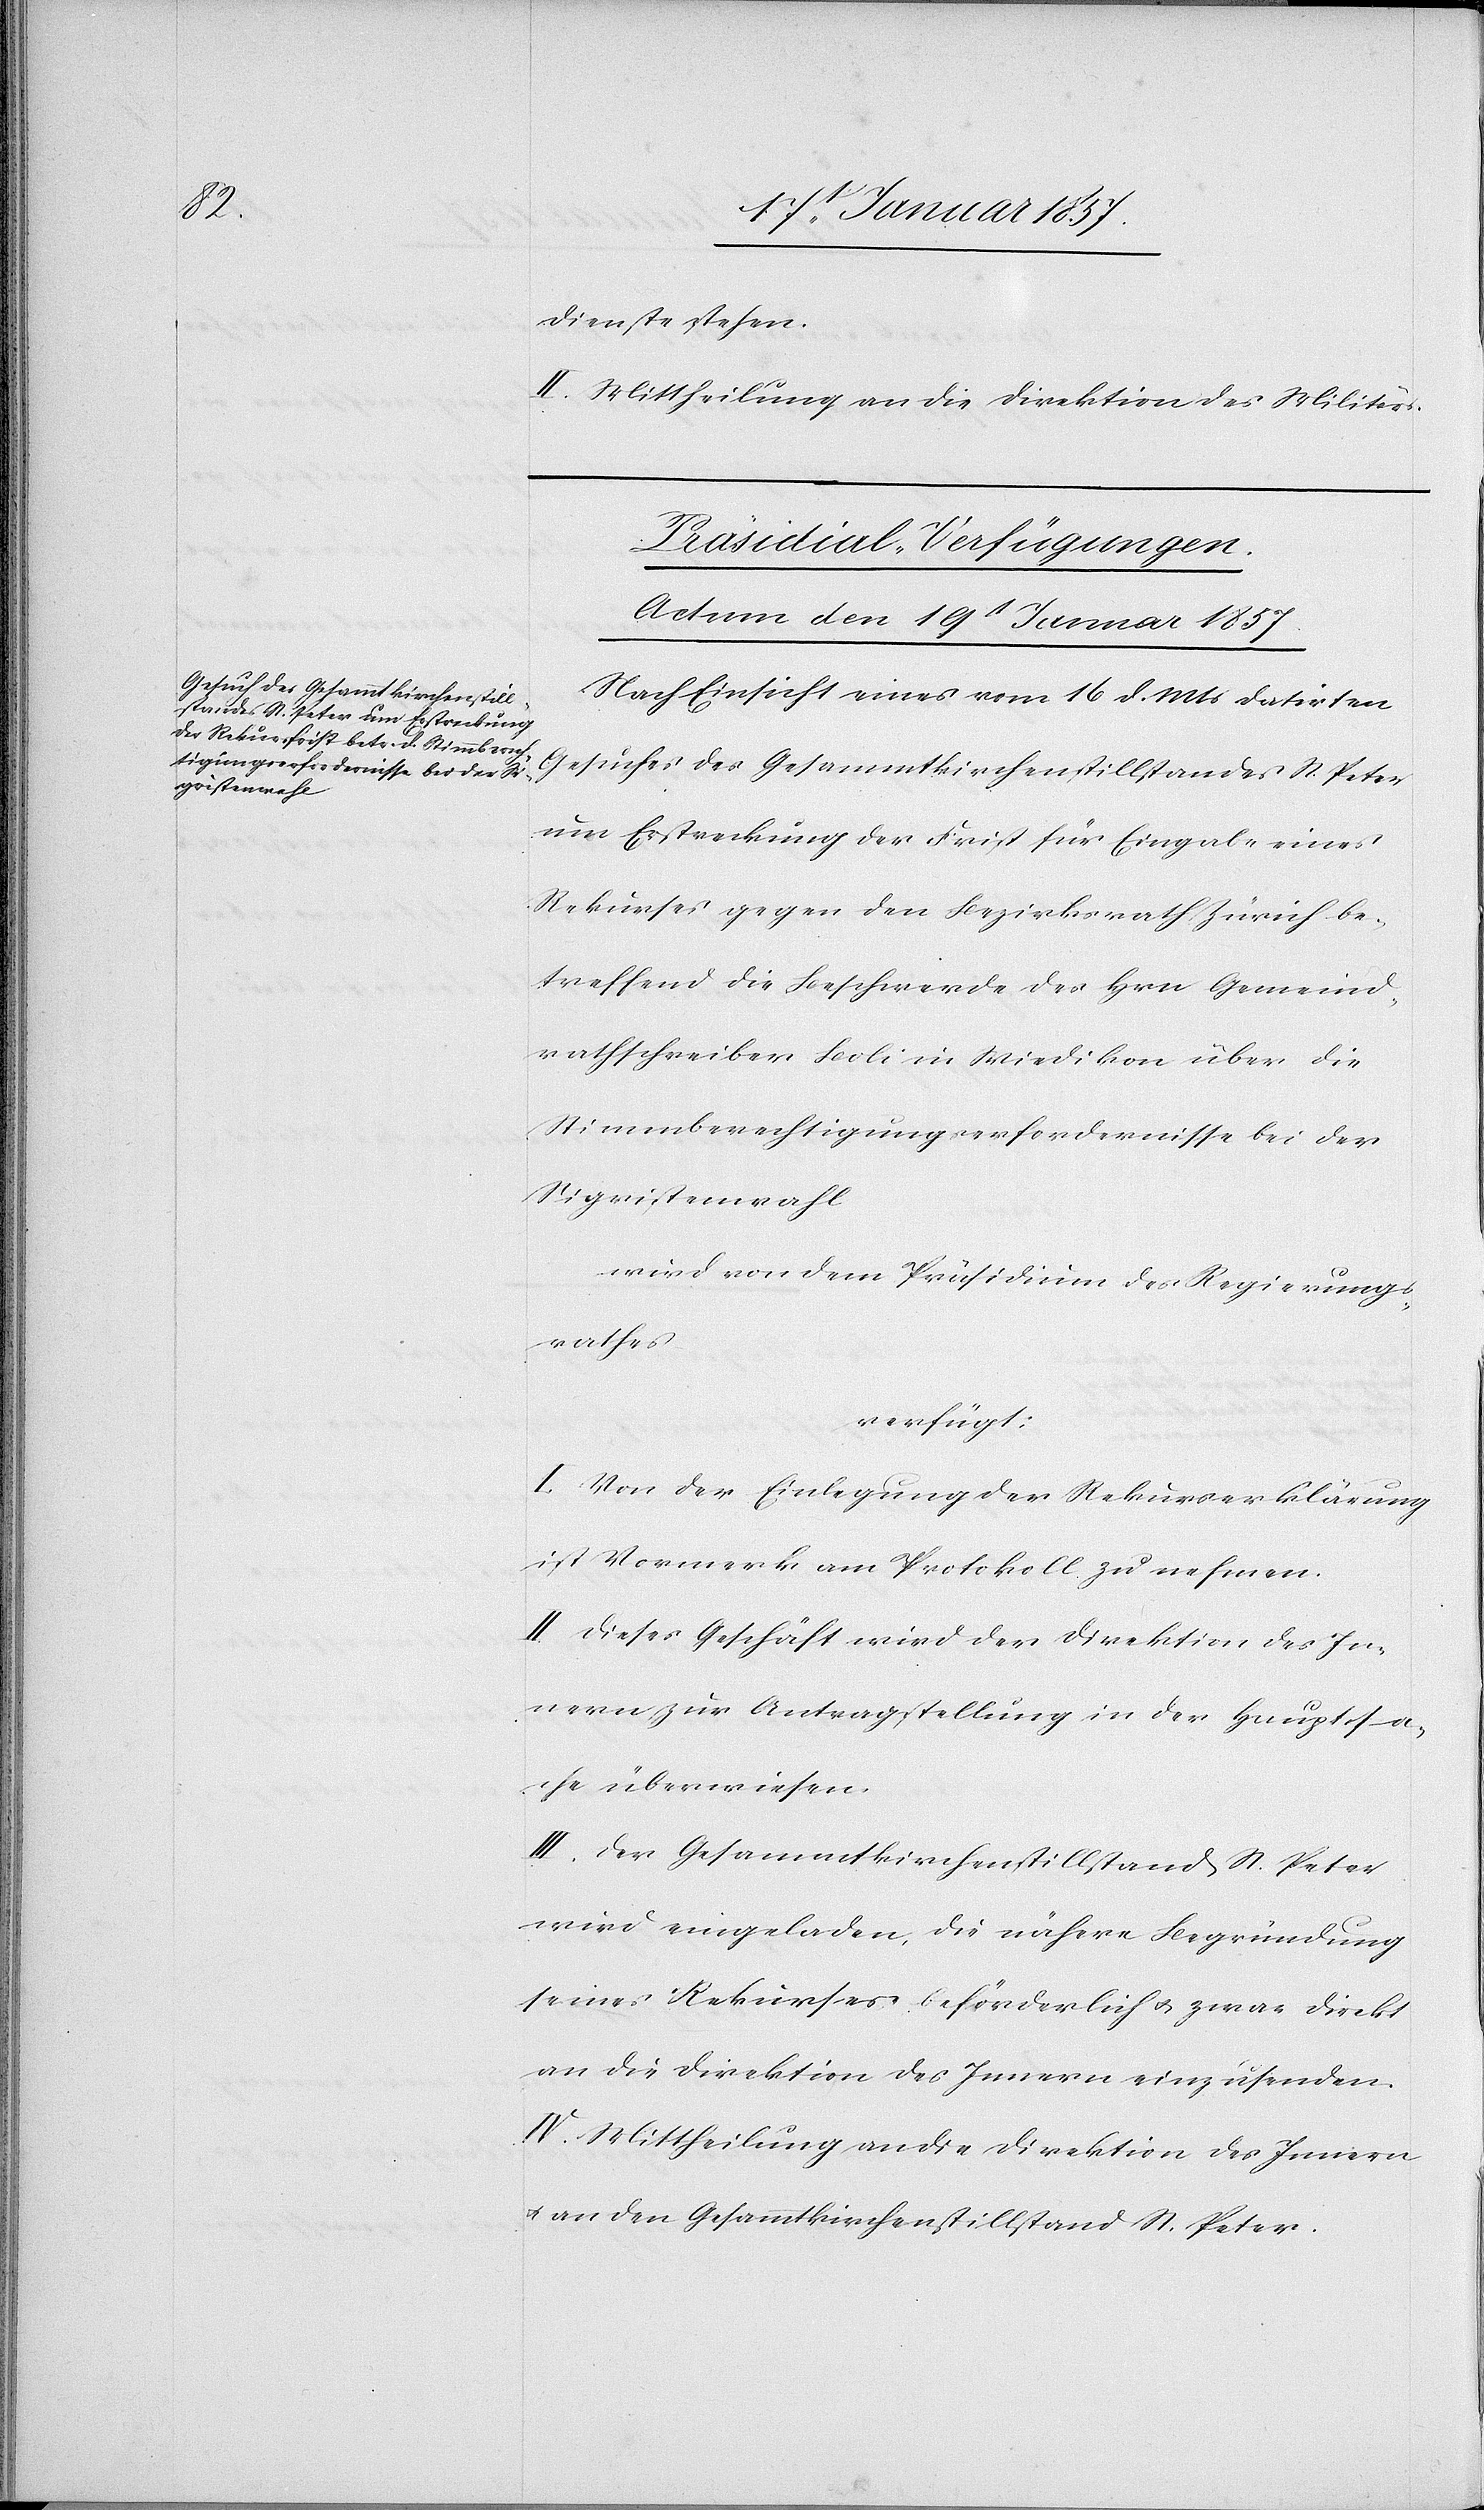
Dienste stehen.
II. Mittheilung an die Direktion des Militärs.
Präsidial-Verfügungen.
Actum den 19t Januar 1857.
Nach Einsicht eines vom 16 d. Mts datirten
Gesuches des Gesammtkirchenstillstandes St. Peter
um Erstreckung der Frist für Eingabe eines
Rekurses gegen den Bezirksrath Zürich be¬
treffend die Beschwerde des Hrn Gemeind¬
rathschreiber Boli in Wiedikon über die
Stimmberechtigungserfordernisse bei der
Sigristenwahl
wird von dem Präsidium des Regierungs¬
rathes
verfügt:
I. Von der Einlegung der Rekurserklärung
ist Vormerk am Protokoll zu nehmen.
II. Dieses Geschäft wird der Direktion des In¬
nern zur Antragstellung in der Hauptsa¬
che überwiesen.
III. Der Gesammtkirchenstillstand St. Peter
wird eingeladen die nähere Begründung
seines Rekurses beförderlich u. zwar direkt
an die Direktion des Innern einzusenden.
IV. Mittheilung an die Direktion des Innern
u. an den Gesammtkirchenstillstand St. Peter.